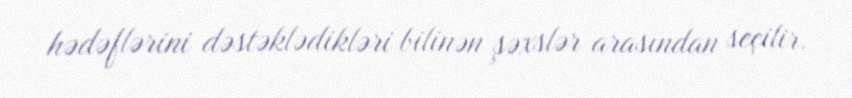
hədəflərini dəstəklədikləri bilinən şəxslər arasından seçilir.